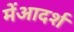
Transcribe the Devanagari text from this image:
मेंआदर्श